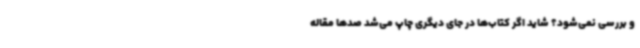
و بررسی نمی‌شود؟ شاید اگر کتاب‌ها در جای دیگری چاپ می‌شد صدها مقاله